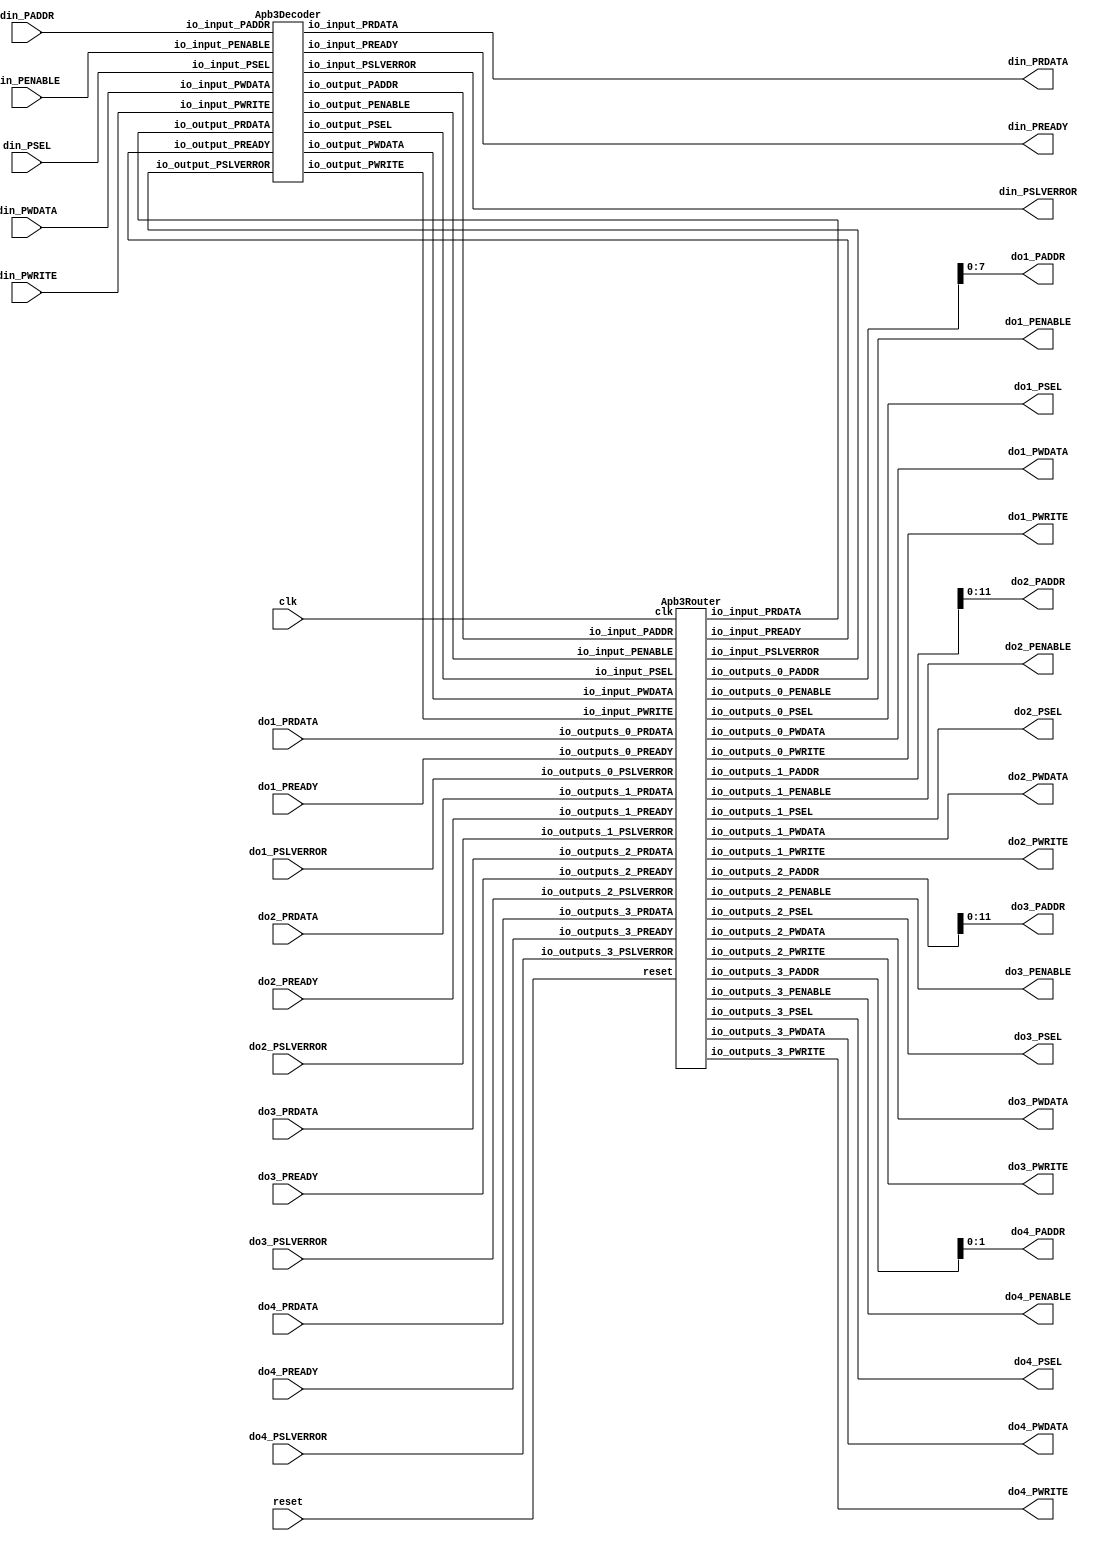
// Generator : SpinalHDL v1.7.2    git head : 08fc866bebdc40c471ebe327bface63e34406489
// Component : Apb_1
// Git hash  : 23d564a3e9d4d768c2cb1641ec7dc2becc0d2602

`timescale 1ns/1ps

module Apb_1 (
  input      [15:0]   din_PADDR,
  input      [0:0]    din_PSEL,
  input               din_PENABLE,
  output              din_PREADY,
  input               din_PWRITE,
  input      [31:0]   din_PWDATA,
  output     [31:0]   din_PRDATA,
  output              din_PSLVERROR,
  output     [7:0]    do1_PADDR,
  output     [0:0]    do1_PSEL,
  output              do1_PENABLE,
  input               do1_PREADY,
  output              do1_PWRITE,
  output     [31:0]   do1_PWDATA,
  input      [31:0]   do1_PRDATA,
  input               do1_PSLVERROR,
  output     [11:0]   do2_PADDR,
  output     [0:0]    do2_PSEL,
  output              do2_PENABLE,
  input               do2_PREADY,
  output              do2_PWRITE,
  output     [31:0]   do2_PWDATA,
  input      [31:0]   do2_PRDATA,
  input               do2_PSLVERROR,
  output     [11:0]   do3_PADDR,
  output     [0:0]    do3_PSEL,
  output              do3_PENABLE,
  input               do3_PREADY,
  output              do3_PWRITE,
  output     [31:0]   do3_PWDATA,
  input      [31:0]   do3_PRDATA,
  input               do3_PSLVERROR,
  output     [1:0]    do4_PADDR,
  output     [0:0]    do4_PSEL,
  output              do4_PENABLE,
  input               do4_PREADY,
  output              do4_PWRITE,
  output     [31:0]   do4_PWDATA,
  input      [31:0]   do4_PRDATA,
  input               do4_PSLVERROR,
  input               clk,
  input               reset
);

  wire                din_decoder_io_input_PREADY;
  wire       [31:0]   din_decoder_io_input_PRDATA;
  wire                din_decoder_io_input_PSLVERROR;
  wire       [15:0]   din_decoder_io_output_PADDR;
  wire       [3:0]    din_decoder_io_output_PSEL;
  wire                din_decoder_io_output_PENABLE;
  wire                din_decoder_io_output_PWRITE;
  wire       [31:0]   din_decoder_io_output_PWDATA;
  wire                apb3Router_1_io_input_PREADY;
  wire       [31:0]   apb3Router_1_io_input_PRDATA;
  wire                apb3Router_1_io_input_PSLVERROR;
  wire       [15:0]   apb3Router_1_io_outputs_0_PADDR;
  wire       [0:0]    apb3Router_1_io_outputs_0_PSEL;
  wire                apb3Router_1_io_outputs_0_PENABLE;
  wire                apb3Router_1_io_outputs_0_PWRITE;
  wire       [31:0]   apb3Router_1_io_outputs_0_PWDATA;
  wire       [15:0]   apb3Router_1_io_outputs_1_PADDR;
  wire       [0:0]    apb3Router_1_io_outputs_1_PSEL;
  wire                apb3Router_1_io_outputs_1_PENABLE;
  wire                apb3Router_1_io_outputs_1_PWRITE;
  wire       [31:0]   apb3Router_1_io_outputs_1_PWDATA;
  wire       [15:0]   apb3Router_1_io_outputs_2_PADDR;
  wire       [0:0]    apb3Router_1_io_outputs_2_PSEL;
  wire                apb3Router_1_io_outputs_2_PENABLE;
  wire                apb3Router_1_io_outputs_2_PWRITE;
  wire       [31:0]   apb3Router_1_io_outputs_2_PWDATA;
  wire       [15:0]   apb3Router_1_io_outputs_3_PADDR;
  wire       [0:0]    apb3Router_1_io_outputs_3_PSEL;
  wire                apb3Router_1_io_outputs_3_PENABLE;
  wire                apb3Router_1_io_outputs_3_PWRITE;
  wire       [31:0]   apb3Router_1_io_outputs_3_PWDATA;

  Apb3Decoder din_decoder (
    .io_input_PADDR      (din_PADDR[15:0]                   ), //i
    .io_input_PSEL       (din_PSEL                          ), //i
    .io_input_PENABLE    (din_PENABLE                       ), //i
    .io_input_PREADY     (din_decoder_io_input_PREADY       ), //o
    .io_input_PWRITE     (din_PWRITE                        ), //i
    .io_input_PWDATA     (din_PWDATA[31:0]                  ), //i
    .io_input_PRDATA     (din_decoder_io_input_PRDATA[31:0] ), //o
    .io_input_PSLVERROR  (din_decoder_io_input_PSLVERROR    ), //o
    .io_output_PADDR     (din_decoder_io_output_PADDR[15:0] ), //o
    .io_output_PSEL      (din_decoder_io_output_PSEL[3:0]   ), //o
    .io_output_PENABLE   (din_decoder_io_output_PENABLE     ), //o
    .io_output_PREADY    (apb3Router_1_io_input_PREADY      ), //i
    .io_output_PWRITE    (din_decoder_io_output_PWRITE      ), //o
    .io_output_PWDATA    (din_decoder_io_output_PWDATA[31:0]), //o
    .io_output_PRDATA    (apb3Router_1_io_input_PRDATA[31:0]), //i
    .io_output_PSLVERROR (apb3Router_1_io_input_PSLVERROR   )  //i
  );
  Apb3Router apb3Router_1 (
    .io_input_PADDR         (din_decoder_io_output_PADDR[15:0]     ), //i
    .io_input_PSEL          (din_decoder_io_output_PSEL[3:0]       ), //i
    .io_input_PENABLE       (din_decoder_io_output_PENABLE         ), //i
    .io_input_PREADY        (apb3Router_1_io_input_PREADY          ), //o
    .io_input_PWRITE        (din_decoder_io_output_PWRITE          ), //i
    .io_input_PWDATA        (din_decoder_io_output_PWDATA[31:0]    ), //i
    .io_input_PRDATA        (apb3Router_1_io_input_PRDATA[31:0]    ), //o
    .io_input_PSLVERROR     (apb3Router_1_io_input_PSLVERROR       ), //o
    .io_outputs_0_PADDR     (apb3Router_1_io_outputs_0_PADDR[15:0] ), //o
    .io_outputs_0_PSEL      (apb3Router_1_io_outputs_0_PSEL        ), //o
    .io_outputs_0_PENABLE   (apb3Router_1_io_outputs_0_PENABLE     ), //o
    .io_outputs_0_PREADY    (do1_PREADY                            ), //i
    .io_outputs_0_PWRITE    (apb3Router_1_io_outputs_0_PWRITE      ), //o
    .io_outputs_0_PWDATA    (apb3Router_1_io_outputs_0_PWDATA[31:0]), //o
    .io_outputs_0_PRDATA    (do1_PRDATA[31:0]                      ), //i
    .io_outputs_0_PSLVERROR (do1_PSLVERROR                         ), //i
    .io_outputs_1_PADDR     (apb3Router_1_io_outputs_1_PADDR[15:0] ), //o
    .io_outputs_1_PSEL      (apb3Router_1_io_outputs_1_PSEL        ), //o
    .io_outputs_1_PENABLE   (apb3Router_1_io_outputs_1_PENABLE     ), //o
    .io_outputs_1_PREADY    (do2_PREADY                            ), //i
    .io_outputs_1_PWRITE    (apb3Router_1_io_outputs_1_PWRITE      ), //o
    .io_outputs_1_PWDATA    (apb3Router_1_io_outputs_1_PWDATA[31:0]), //o
    .io_outputs_1_PRDATA    (do2_PRDATA[31:0]                      ), //i
    .io_outputs_1_PSLVERROR (do2_PSLVERROR                         ), //i
    .io_outputs_2_PADDR     (apb3Router_1_io_outputs_2_PADDR[15:0] ), //o
    .io_outputs_2_PSEL      (apb3Router_1_io_outputs_2_PSEL        ), //o
    .io_outputs_2_PENABLE   (apb3Router_1_io_outputs_2_PENABLE     ), //o
    .io_outputs_2_PREADY    (do3_PREADY                            ), //i
    .io_outputs_2_PWRITE    (apb3Router_1_io_outputs_2_PWRITE      ), //o
    .io_outputs_2_PWDATA    (apb3Router_1_io_outputs_2_PWDATA[31:0]), //o
    .io_outputs_2_PRDATA    (do3_PRDATA[31:0]                      ), //i
    .io_outputs_2_PSLVERROR (do3_PSLVERROR                         ), //i
    .io_outputs_3_PADDR     (apb3Router_1_io_outputs_3_PADDR[15:0] ), //o
    .io_outputs_3_PSEL      (apb3Router_1_io_outputs_3_PSEL        ), //o
    .io_outputs_3_PENABLE   (apb3Router_1_io_outputs_3_PENABLE     ), //o
    .io_outputs_3_PREADY    (do4_PREADY                            ), //i
    .io_outputs_3_PWRITE    (apb3Router_1_io_outputs_3_PWRITE      ), //o
    .io_outputs_3_PWDATA    (apb3Router_1_io_outputs_3_PWDATA[31:0]), //o
    .io_outputs_3_PRDATA    (do4_PRDATA[31:0]                      ), //i
    .io_outputs_3_PSLVERROR (do4_PSLVERROR                         ), //i
    .clk                    (clk                                   ), //i
    .reset                  (reset                                 )  //i
  );
  assign din_PREADY = din_decoder_io_input_PREADY;
  assign din_PRDATA = din_decoder_io_input_PRDATA;
  assign din_PSLVERROR = din_decoder_io_input_PSLVERROR;
  assign do1_PADDR = apb3Router_1_io_outputs_0_PADDR[7:0];
  assign do1_PSEL = apb3Router_1_io_outputs_0_PSEL;
  assign do1_PENABLE = apb3Router_1_io_outputs_0_PENABLE;
  assign do1_PWRITE = apb3Router_1_io_outputs_0_PWRITE;
  assign do1_PWDATA = apb3Router_1_io_outputs_0_PWDATA;
  assign do2_PADDR = apb3Router_1_io_outputs_1_PADDR[11:0];
  assign do2_PSEL = apb3Router_1_io_outputs_1_PSEL;
  assign do2_PENABLE = apb3Router_1_io_outputs_1_PENABLE;
  assign do2_PWRITE = apb3Router_1_io_outputs_1_PWRITE;
  assign do2_PWDATA = apb3Router_1_io_outputs_1_PWDATA;
  assign do3_PADDR = apb3Router_1_io_outputs_2_PADDR[11:0];
  assign do3_PSEL = apb3Router_1_io_outputs_2_PSEL;
  assign do3_PENABLE = apb3Router_1_io_outputs_2_PENABLE;
  assign do3_PWRITE = apb3Router_1_io_outputs_2_PWRITE;
  assign do3_PWDATA = apb3Router_1_io_outputs_2_PWDATA;
  assign do4_PADDR = apb3Router_1_io_outputs_3_PADDR[1:0];
  assign do4_PSEL = apb3Router_1_io_outputs_3_PSEL;
  assign do4_PENABLE = apb3Router_1_io_outputs_3_PENABLE;
  assign do4_PWRITE = apb3Router_1_io_outputs_3_PWRITE;
  assign do4_PWDATA = apb3Router_1_io_outputs_3_PWDATA;

endmodule

module Apb3Router (
  input      [15:0]   io_input_PADDR,
  input      [3:0]    io_input_PSEL,
  input               io_input_PENABLE,
  output              io_input_PREADY,
  input               io_input_PWRITE,
  input      [31:0]   io_input_PWDATA,
  output     [31:0]   io_input_PRDATA,
  output              io_input_PSLVERROR,
  output     [15:0]   io_outputs_0_PADDR,
  output     [0:0]    io_outputs_0_PSEL,
  output              io_outputs_0_PENABLE,
  input               io_outputs_0_PREADY,
  output              io_outputs_0_PWRITE,
  output     [31:0]   io_outputs_0_PWDATA,
  input      [31:0]   io_outputs_0_PRDATA,
  input               io_outputs_0_PSLVERROR,
  output     [15:0]   io_outputs_1_PADDR,
  output     [0:0]    io_outputs_1_PSEL,
  output              io_outputs_1_PENABLE,
  input               io_outputs_1_PREADY,
  output              io_outputs_1_PWRITE,
  output     [31:0]   io_outputs_1_PWDATA,
  input      [31:0]   io_outputs_1_PRDATA,
  input               io_outputs_1_PSLVERROR,
  output     [15:0]   io_outputs_2_PADDR,
  output     [0:0]    io_outputs_2_PSEL,
  output              io_outputs_2_PENABLE,
  input               io_outputs_2_PREADY,
  output              io_outputs_2_PWRITE,
  output     [31:0]   io_outputs_2_PWDATA,
  input      [31:0]   io_outputs_2_PRDATA,
  input               io_outputs_2_PSLVERROR,
  output     [15:0]   io_outputs_3_PADDR,
  output     [0:0]    io_outputs_3_PSEL,
  output              io_outputs_3_PENABLE,
  input               io_outputs_3_PREADY,
  output              io_outputs_3_PWRITE,
  output     [31:0]   io_outputs_3_PWDATA,
  input      [31:0]   io_outputs_3_PRDATA,
  input               io_outputs_3_PSLVERROR,
  input               clk,
  input               reset
);

  reg                 _zz_io_input_PREADY;
  reg        [31:0]   _zz_io_input_PRDATA;
  reg                 _zz_io_input_PSLVERROR;
  wire                _zz_selIndex;
  wire                _zz_selIndex_1;
  wire                _zz_selIndex_2;
  reg        [1:0]    selIndex;

  always @(*) begin
    case(selIndex)
      2'b00 : begin
        _zz_io_input_PREADY = io_outputs_0_PREADY;
        _zz_io_input_PRDATA = io_outputs_0_PRDATA;
        _zz_io_input_PSLVERROR = io_outputs_0_PSLVERROR;
      end
      2'b01 : begin
        _zz_io_input_PREADY = io_outputs_1_PREADY;
        _zz_io_input_PRDATA = io_outputs_1_PRDATA;
        _zz_io_input_PSLVERROR = io_outputs_1_PSLVERROR;
      end
      2'b10 : begin
        _zz_io_input_PREADY = io_outputs_2_PREADY;
        _zz_io_input_PRDATA = io_outputs_2_PRDATA;
        _zz_io_input_PSLVERROR = io_outputs_2_PSLVERROR;
      end
      default : begin
        _zz_io_input_PREADY = io_outputs_3_PREADY;
        _zz_io_input_PRDATA = io_outputs_3_PRDATA;
        _zz_io_input_PSLVERROR = io_outputs_3_PSLVERROR;
      end
    endcase
  end

  assign io_outputs_0_PADDR = io_input_PADDR;
  assign io_outputs_0_PENABLE = io_input_PENABLE;
  assign io_outputs_0_PSEL[0] = io_input_PSEL[0];
  assign io_outputs_0_PWRITE = io_input_PWRITE;
  assign io_outputs_0_PWDATA = io_input_PWDATA;
  assign io_outputs_1_PADDR = io_input_PADDR;
  assign io_outputs_1_PENABLE = io_input_PENABLE;
  assign io_outputs_1_PSEL[0] = io_input_PSEL[1];
  assign io_outputs_1_PWRITE = io_input_PWRITE;
  assign io_outputs_1_PWDATA = io_input_PWDATA;
  assign io_outputs_2_PADDR = io_input_PADDR;
  assign io_outputs_2_PENABLE = io_input_PENABLE;
  assign io_outputs_2_PSEL[0] = io_input_PSEL[2];
  assign io_outputs_2_PWRITE = io_input_PWRITE;
  assign io_outputs_2_PWDATA = io_input_PWDATA;
  assign io_outputs_3_PADDR = io_input_PADDR;
  assign io_outputs_3_PENABLE = io_input_PENABLE;
  assign io_outputs_3_PSEL[0] = io_input_PSEL[3];
  assign io_outputs_3_PWRITE = io_input_PWRITE;
  assign io_outputs_3_PWDATA = io_input_PWDATA;
  assign _zz_selIndex = io_input_PSEL[3];
  assign _zz_selIndex_1 = (io_input_PSEL[1] || _zz_selIndex);
  assign _zz_selIndex_2 = (io_input_PSEL[2] || _zz_selIndex);
  assign io_input_PREADY = _zz_io_input_PREADY;
  assign io_input_PRDATA = _zz_io_input_PRDATA;
  assign io_input_PSLVERROR = _zz_io_input_PSLVERROR;
  always @(posedge clk) begin
    selIndex <= {_zz_selIndex_2,_zz_selIndex_1};
  end


endmodule

module Apb3Decoder (
  input      [15:0]   io_input_PADDR,
  input      [0:0]    io_input_PSEL,
  input               io_input_PENABLE,
  output reg          io_input_PREADY,
  input               io_input_PWRITE,
  input      [31:0]   io_input_PWDATA,
  output     [31:0]   io_input_PRDATA,
  output reg          io_input_PSLVERROR,
  output     [15:0]   io_output_PADDR,
  output reg [3:0]    io_output_PSEL,
  output              io_output_PENABLE,
  input               io_output_PREADY,
  output              io_output_PWRITE,
  output     [31:0]   io_output_PWDATA,
  input      [31:0]   io_output_PRDATA,
  input               io_output_PSLVERROR
);

  wire                when_Apb3Decoder_l88;

  assign io_output_PADDR = io_input_PADDR;
  assign io_output_PENABLE = io_input_PENABLE;
  assign io_output_PWRITE = io_input_PWRITE;
  assign io_output_PWDATA = io_input_PWDATA;
  always @(*) begin
    io_output_PSEL[0] = (((io_input_PADDR & (~ 16'h003f)) == 16'h0) && io_input_PSEL[0]);
    io_output_PSEL[1] = (((io_input_PADDR & (~ 16'h03ff)) == 16'h1000) && io_input_PSEL[0]);
    io_output_PSEL[2] = (((io_input_PADDR & (~ 16'h07ff)) == 16'h2000) && io_input_PSEL[0]);
    io_output_PSEL[3] = (((io_input_PADDR & (~ 16'h001f)) == 16'h3000) && io_input_PSEL[0]);
  end

  always @(*) begin
    io_input_PREADY = io_output_PREADY;
    if(when_Apb3Decoder_l88) begin
      io_input_PREADY = 1'b1;
    end
  end

  assign io_input_PRDATA = io_output_PRDATA;
  always @(*) begin
    io_input_PSLVERROR = io_output_PSLVERROR;
    if(when_Apb3Decoder_l88) begin
      io_input_PSLVERROR = 1'b1;
    end
  end

  assign when_Apb3Decoder_l88 = (io_input_PSEL[0] && (io_output_PSEL == 4'b0000));

endmodule